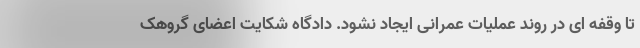
تا وقفه ای در روند عملیات عمرانی ایجاد نشود. دادگاه شکایت اعضای گروهک